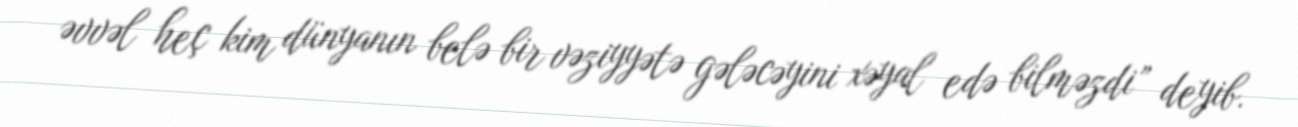
əvvəl heç kim dünyanın belə bir vəziyyətə gələcəyini xəyal edə bilməzdi” deyib.